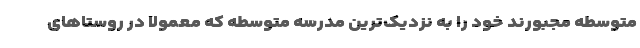
متوسطه مجبورند خود را به نزدیک‌ترین مدرسه متوسطه که معمولا در روستاهای